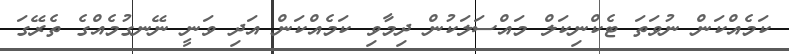
ކަމެއްކަން ނުވަތަ ޓެކްނިކަލް މައްސަލަކުން ދިމާވި ކަމެއްކަން އަދި ވަނީ ނޭނގުމެއްގެ ތެރޭގަ